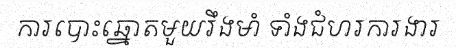
ការបោះឆ្នោតមួយរឹងមាំ ទាំងជំហរការងារ